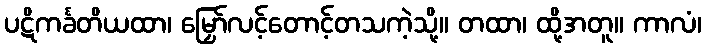
ပဋိကင်္ခတိယထာ၊ မြှော်လင့်တောင့်တသကဲ့သို့။ တထာ၊ ထို့အတူ။ ကာလံ၊